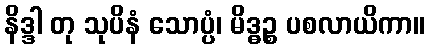
နိဒ္ဒါ တု သုပိနံ သောပ္ပံ၊ မိဒ္ဓဉ္စ ပစလာယိကာ။